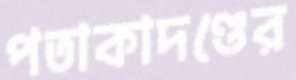
পতাকাদণ্ডের